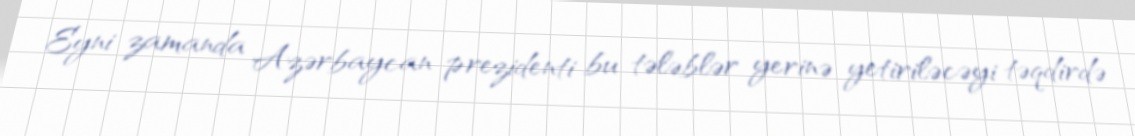
Eyni zamanda Azərbaycan prezidenti bu tələblər yerinə yetiriləcəyi təqdirdə